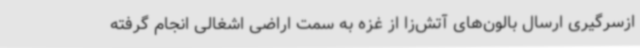
ازسرگیری ارسال بالون‌های آتش‌زا از غزه به سمت اراضی اشغالی انجام گرفته